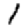
Digit: 1